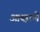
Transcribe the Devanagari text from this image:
आव्हाणे